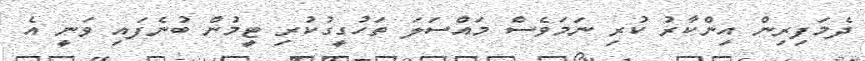
ދެމަފިރިިން އިންކާރު ކުރި ނަމަވެސް މައްސަލަ ތަހުގީގުކުރި ޓީމުން ބުނެފައި ވަނީ އެ